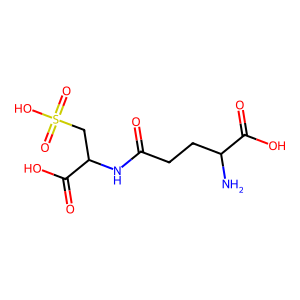
SMILES: NC(CCC(=O)NC(CS(=O)(=O)O)C(=O)O)C(=O)O
Inhibits HIV replication: No